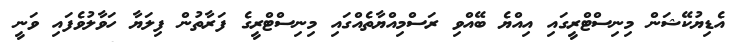
އެޑިޔުކޭޝަން މިނިސްޓްރީގައި އިއްޔެ ބޭއްވި ރަސްމިއްޔާތެއްގައި މިނިސްޓްރީގެ ފަރާތުން ފިލަޔާ ހަވާލުވެފައި ވަނީ